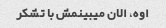
اوه، الان میبینمش با تشکر